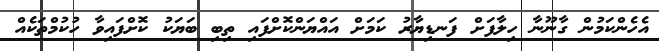
އެހެންކަމުން ގާނޫނާ ހިލާފަށް ފަނޑިޔާރު ކަމަށް އައްޔަންކޮށްފައި ތިބި ބަޔަކު ކޮށްފައިވާ ހުކުމްތަކެއް